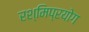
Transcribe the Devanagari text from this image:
रश्मिप्रयोग